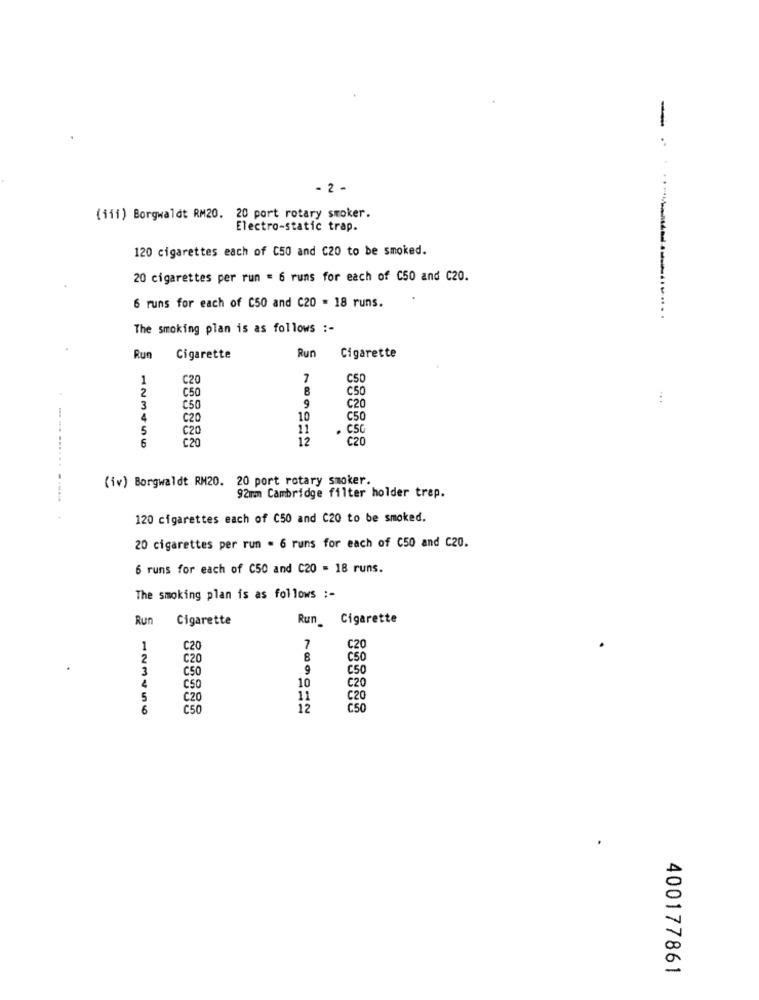
-
- 2 -
(iii) Borgwaldt RM20. 20 port rotary smoker.
Electro-static trap.
120 cigarettes each of C50 and C20 to be smoked.
20 cigarettes per run = 6 runs for each of C50 and C20.
6 runs for each of C50 and C20 = 18 runs.
The smoking plan is as follows :-
Cigarette
Run
Cigarette
Run
1
C20
CS
2
C50
C50
9
...
3
C50
C20
C20
10
C50
C20
11
. CSC
6
C20
12
C20
(iv) Borgwaldt RM20. 20 port rotary smoker.
92mm Cambridge filter holder trap.
120 cigarettes each of C50 and C20 to be smoked.
20 cigarettes per run . 6 runs for each of C50 and C20.
6 runs for each of C50 and C20 = 18 runs.
The smoking plan is as follows :-
Cigarette
Run_ Cigarette
Run
1
C20
7
C20
2
C20
C50
3
C50
C50
10
C20
C50
5
C20
11
C20
6
C50
12
C50
400177861